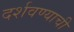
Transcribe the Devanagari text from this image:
दर्शवण्याची